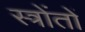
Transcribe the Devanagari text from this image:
स्त्रोंतों